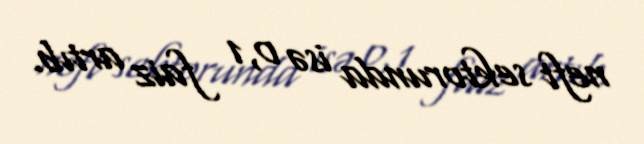
neft sektorunda isə 0,1 faiz artıb.